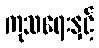
ကုသရေးနှင့်